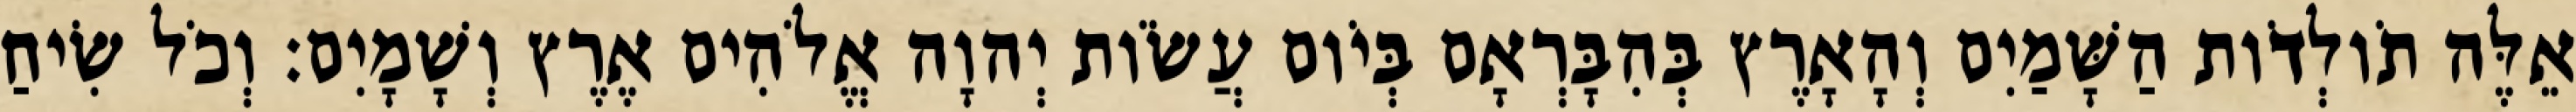
אֵלֶּה תֹולְדֹות הַשָּׁמַיִם וְהָאָרֶץ בְּהִבָּרְאָם בְּיֹום עֲשֹׂות יְהוָה אֱלֹהִים אֶרֶץ וְשָׁמָיִם׃ וְכֹל שִׂיחַ